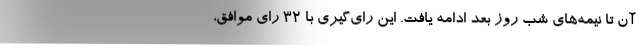
آن تا نیمه‌های شب روز بعد ادامه یافت. این رای‌گیری با 32 رای موافق،